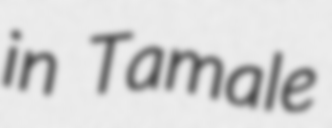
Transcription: in Tamale